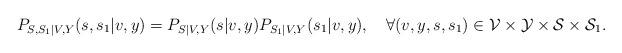
LaTeX: \begin{align*}P_{S,S_1|V,Y}(s,s_1|v,y)=P_{S|V,Y}(s|v,y)P_{S_1|V,Y}(s_1|v,y),\quad\forall(v,y,s,s_1)\in\mathcal{V}\times\mathcal{Y}\times\mathcal{S}\times\mathcal{S}_1.\end{align*}